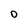
Character: O